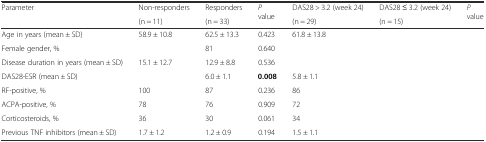
<table><thead><tr><td rowspan="2"><b>Parameter</b></td><td><b>Non-responders</b></td><td><b>Responders</b></td><td rowspan="2"><b><i>P</i> value</b></td><td><b>DAS28 &gt; 3.2 (week 24)</b></td><td><b>DAS28 ≤ 3.2 (week 24)</b></td><td rowspan="2"><b><i>P</i> value</b></td></tr><tr><td><b>(n = 11)</b></td><td><b>(n = 33)</b></td><td><b>(n = 29)</b></td><td><b>(n = 15)</b></td></tr></thead><tbody><tr><td>Age in years (mean ± SD)</td><td>58.9 ± 10.8</td><td>62.5 ± 13.3</td><td>0.423</td><td>61.8 ± 13.8</td><td>[EMPTY_CELL]</td><td>[EMPTY_CELL]</td></tr><tr><td>Female gender, %</td><td>[EMPTY_CELL]</td><td>81</td><td>0.640</td><td>[EMPTY_CELL]</td><td>[EMPTY_CELL]</td><td>[EMPTY_CELL]</td></tr><tr><td>Disease duration in years (mean ± SD)</td><td>15.1 ± 12.7</td><td>12.9 ± 8.8</td><td>0.536</td><td>[EMPTY_CELL]</td><td>[EMPTY_CELL]</td><td>[EMPTY_CELL]</td></tr><tr><td>DAS28-ESR (mean ± SD)</td><td>[EMPTY_CELL]</td><td>6.0 ± 1.1</td><td><b>0.008</b></td><td>5.8 ± 1.1</td><td>[EMPTY_CELL]</td><td>[EMPTY_CELL]</td></tr><tr><td>RF-positive, %</td><td>100</td><td>87</td><td>0.236</td><td>86</td><td>[EMPTY_CELL]</td><td>[EMPTY_CELL]</td></tr><tr><td>ACPA-positive, %</td><td>78</td><td>76</td><td>0.909</td><td>72</td><td>[EMPTY_CELL]</td><td>[EMPTY_CELL]</td></tr><tr><td>Corticosteroids, %</td><td>36</td><td>30</td><td>0.061</td><td>34</td><td>[EMPTY_CELL]</td><td>[EMPTY_CELL]</td></tr><tr><td>Previous TNF inhibitors (mean ± SD)</td><td>1.7 ± 1.2</td><td>1.2 ± 0.9</td><td>0.194</td><td>1.5 ± 1.1</td><td>[EMPTY_CELL]</td><td>[EMPTY_CELL]</td></tr></tbody></table>